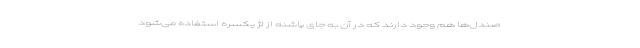
صندل‌ها هم وجود دارند که در آن به جای پاشنه از لژ یکسره استفاده می‌شود